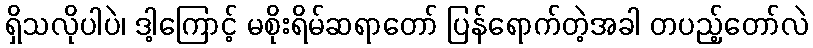
ရှိသလိုပါပဲ၊ ဒါ့ကြောင့် မစိုးရိမ်ဆရာတော် ပြန်ရောက်တဲ့အခါ တပည့်တော်လဲ